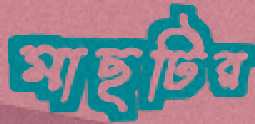
মাছটির